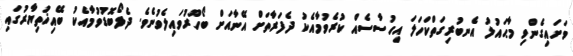
ވަށައިގެންވި މާޙައުލު އެނބުރިގަތްކަހަލަ އިހުސާސެއް ކުރެވުމާއެކު ދެފަރާތަށް އޭނާއަށް ބޯހޫރުވައިލެވުނެވެ. ދެލޯބޮޑުވުމާއެކު ބޭއިޚުތިޔާރުގައި